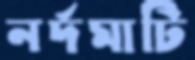
নর্দমাটি